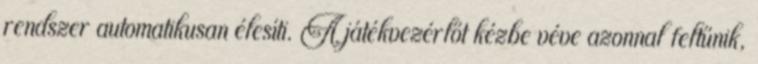
rendszer automatikusan élesíti. A játékvezérlőt kézbe véve azonnal feltűnik,